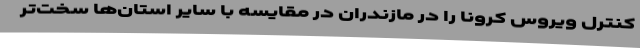
کنترل ویروس کرونا را در مازندران در مقایسه با سایر استان‌ها سخت‌تر